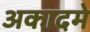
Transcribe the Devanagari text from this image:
अकादमे